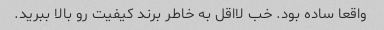
واقعا ساده بود. خب لااقل به خاطر برند کیفیت رو بالا ببرید.